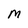
Character: M